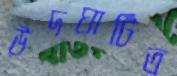
উদঘাটিত